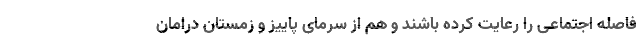
فاصله اجتماعی را رعایت کرده باشند و هم از سرمای پاییز و زمستان درامان